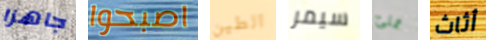
جاهزا اصبحوا الطين سيمر تملئ أثاث